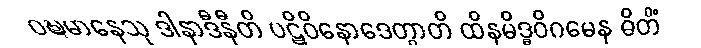
ဝဍ္ဎမာနေသု ဒါနာဒီနီတိ ပဋိဝိနောဒေတွာတိ ထိနမိဒ္ဓဝိဂမေန ဓိတိံ